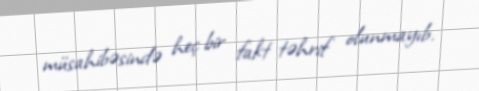
müsahibəsində heç bir fakt təhrif olunmayıb.